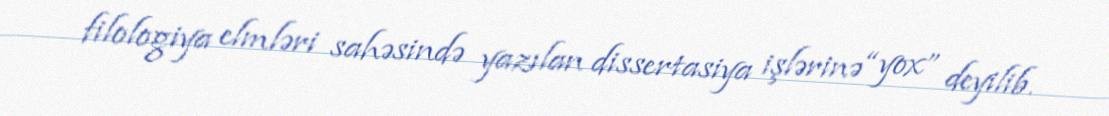
filologiya elmləri sahəsində yazılan dissertasiya işlərinə “yox” deyilib.